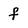
Character: f